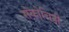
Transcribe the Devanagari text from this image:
संकोचिनी